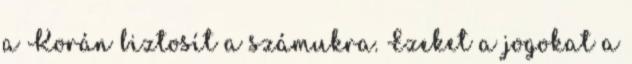
a Korán biztosít a számukra. Ezeket a jogokat a